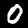
Digit: 0